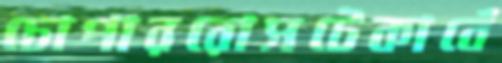
চোপাররোসটেকাবেঁ